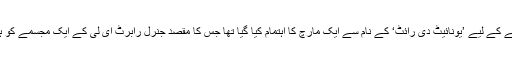
شہر میں دائیں بازو کو متحد کرنے کے لیے ’یونائیٹ دی رائٹ‘ کے نام سے ایک مارچ کا اہتمام کیا گیا تھا جس کا مقصد جنرل رابرٹ ای لی کے ایک مجسمے کو ہٹانے کے خلاف احتجاج کرنا تھا۔